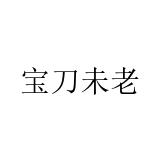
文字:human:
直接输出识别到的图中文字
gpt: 宝刀未老